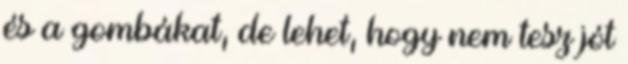
és a gombákat, de lehet, hogy nem tesz jót